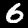
Digit: 6